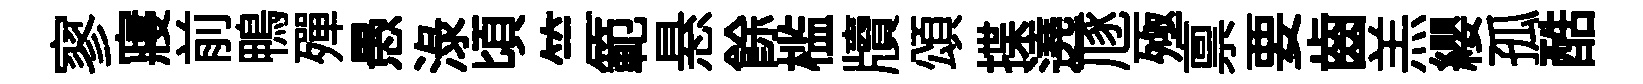
寥寢前鴨殫愚渌頃竺範悬餘槛牘頌揲遶豗殛禀要齒羔纓孤酷